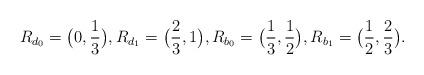
LaTeX: \begin{align*}R_{d_0}=\big(0,\frac{1}{3}\big),R_{d_1}=\big(\frac{2}{3},1\big),R_{b_0}=\big(\frac{1}{3},\frac{1}{2}\big),R_{b_1}=\big(\frac{1}{2},\frac{2}{3}\big).\end{align*}